system: You are a helpful assistant.
user:
Analyze the provided spectrum to determine if it is a **S-type Star**.

- **Key Indicators for S-type Star:**

    - **(Overall Spectrum Shape):** The first and most obvious characteristic is the overall continuum (the "baseline" shape). It is **extremely "red-sloping,"** meaning the flux (light intensity) is very low on the left side (blue, ~4000-4500 Å) and rises steeply and continuously toward the right side (red, ~7000 Å+).

    - **(Primary):** The spectrum is defined by the presence of strong, broad molecular absorption "valleys" (bands) from **Zirconium Oxide (ZrO)**. The identification of these bands is the **primary requirement** for classifying a star as S-type.
        - **(Key Bandheads):** You must find distinct, deep "dips" where the light has been absorbed. The most critical band systems to locate are:
            - **~6474 Å** ($\gamma$-system): This is often the strongest and clearest ZrO feature, found in the red part of the spectrum.
            - **~5718 Å** & **~5551 Å** ($\beta$-system): A pair of prominent absorption features in the yellow-orange part of the spectrum.
            - **~4640 Å** ($\alpha$-system): A key absorption band system in the blue-green region of the spectrum.

    - **(Secondary Confirmation):** The classification is strengthened by finding additional absorption bands from other related heavy element oxides, which are expected to be present alongside ZrO.
        - **(Key Bandheads):**
            - **Yttrium Oxide (YO):** Look for absorption dips near **~4800 Å** and **~6100 Å**.
            - **Lanthanum Oxide (LaO):** Additional absorption features, particularly in the red-orange part of the spectrum, are also characteristic.

    - **(Line Profile):** The combination of the steep red continuum and these numerous, deep molecular bands (ZrO, YO, etc.) gives the entire spectrum a very **"chopped-up"** or **"bumpy"** appearance. Instead of a smooth curve, the spectrum looks as though large, wide chunks of light have been "carved out" of it at the specific wavelengths listed above.

Think first, call **spectral_visualization_tool** if needed to examine features in detail, then provide your final answer. Your response must adhere to the following strict rules:
1.  **Overall Structure:** Your response must follow the format `<think>...</think> <tool_call>...</tool_call> (if a tool is used) <answer>...</answer>`.
2.  **Tool Usage Constraint:** You may only make **one** tool call per turn.
3.  **Final Answer Format:** In the `<answer>` tag, your conclusion must be inside a `\boxed{}` command (e.g., `\boxed{YES}` or `\boxed{NO}`), followed by your justification.

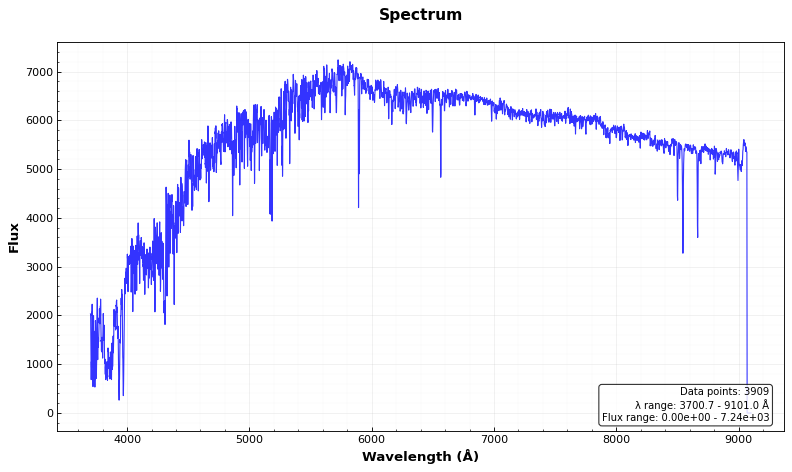
Answer: NO